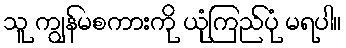
သူ ကျွန်မစကားကို ယုံကြည်ပုံ မရပါ။